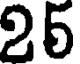
25